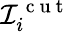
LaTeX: \mathcal I_{i}^{\mathrm{~c~u~t~}}